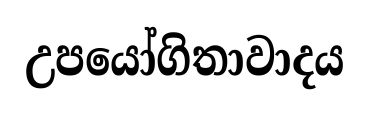
උපයෝගිතාවාදය